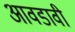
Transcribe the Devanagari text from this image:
आवडावी